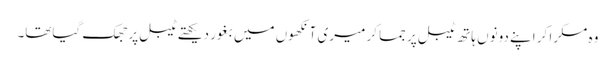
وہ مسکرا کر اپنے دونوں ہاتھ ٹیبل پر جما کر میری آنکھوں میں بغور دیکھتے ٹیبل پر جھک گیاتھا۔